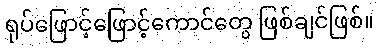
ရုပ်ဖြောင့်ဖြောင့်ကောင်တွေ ဖြစ်ချင်ဖြစ်။